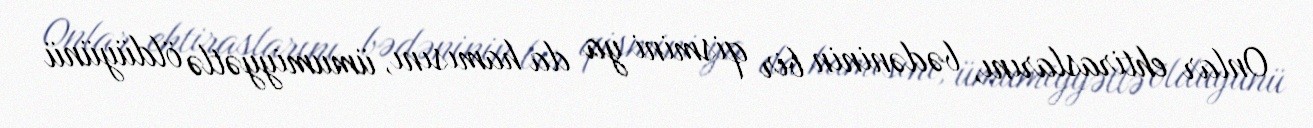
Onlar ehtiraslarını, bədəninin bir qismini ya da hamısını, ümumiyyətlə öldüyünü